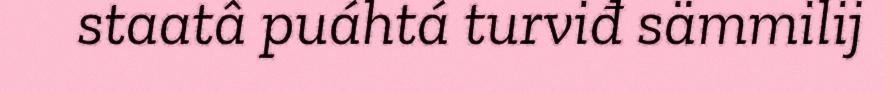
staatâ puáhtá turviđ sämmilij